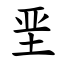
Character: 垩